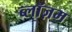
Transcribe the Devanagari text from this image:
ब्लॉज़म